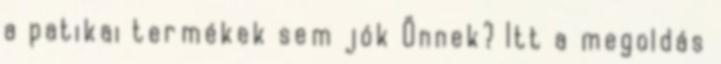
a patikai termékek sem jók Önnek? Itt a megoldás